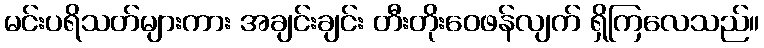
မင်းပရိသတ်များကား အချင်းချင်း တီးတိုးဝေဖန်လျက် ရှိကြလေသည်။